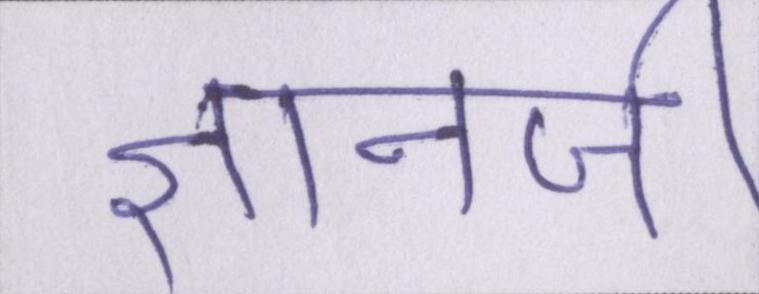
ज्ञानजी